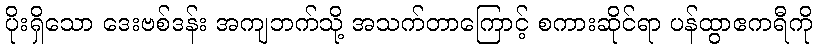
ပိုးရှိသော ဒေးဗစ်ဒန်း အကျဘက်သို့ အသက်တာကြောင့် စကားဆိုင်ရာ ပန်ထွာဧကရီကို